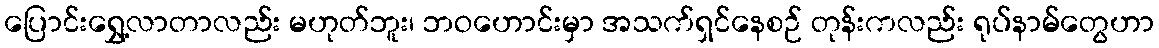
ပြောင်းရွှေ့လာတာလည်း မဟုတ်ဘူး၊ ဘဝဟောင်းမှာ အသက်ရှင်နေစဉ် တုန်းကလည်း ရုပ်နာမ်တွေဟာ